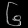
Digit: ၆